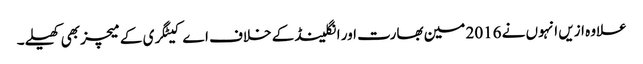
علاوہ ازیں انہوں نے 2016 مین بھارت اور انگلینڈ کے خلاف اے کیٹگری کے میچز بھی کھیلے۔